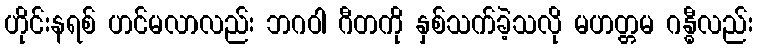
ဟိုင်းနရစ် ဟင်မလာလည်း ဘဂဝါ ဂီတကို နှစ်သက်ခဲ့သလို မဟတ္တမ ဂန္ဓီလည်း